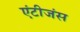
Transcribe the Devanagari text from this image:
एंटीजंस